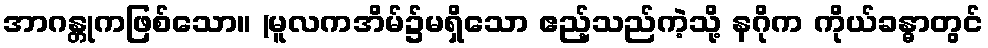
အာဂန္တုကဖြစ်သော။ (မူလကအိမ်၌မရှိသော ဧည့်သည်ကဲ့သို့ နဂိုက ကိုယ်ခန္ဓာတွင်